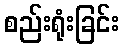
စည်းရုံးခြင်း